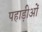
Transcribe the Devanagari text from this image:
पहाड़ीओं